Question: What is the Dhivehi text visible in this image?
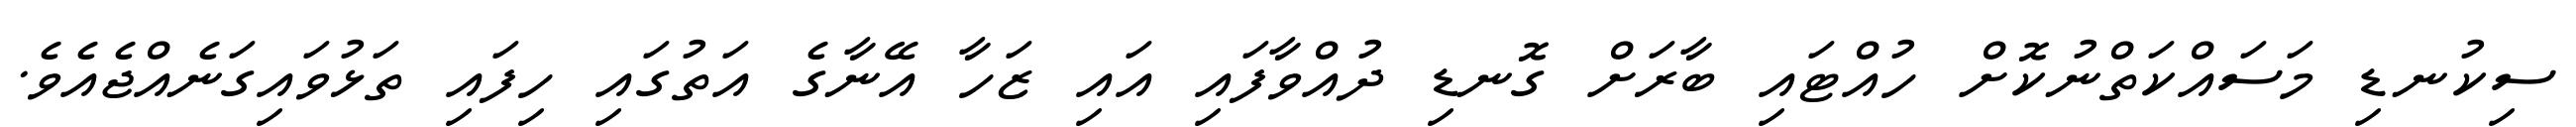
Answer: ސިކުނޑި މަސައްކަތްނުކޮށް ހުއްޓައި ބާރަށް ގޮނޑި ދުއްވާފައި އައި ޒަހާ އޭނާގެ އަތުގައި ހިފައި ތަޅުވައިގަނެއްޖެއެވެ.